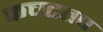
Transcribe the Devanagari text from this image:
कचटतप